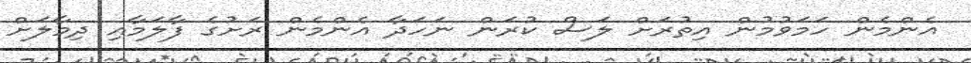
އެންމެން ހަމަވުމުން އިތުރަށް ލަސް ކުރަން ނަހަދާ އެންމެން ރަށުގެ ފާލަމާއި ދިމާލަށް